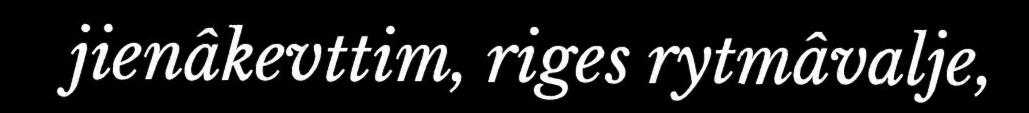
jienâkevttim, riges rytmâvalje,